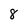
Character: 8